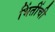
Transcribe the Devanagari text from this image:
भिंतींची